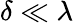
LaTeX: \delta\ll\lambda